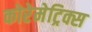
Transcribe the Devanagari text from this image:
कोरेमेट्रिक्स